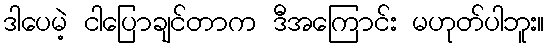
ဒါပေမဲ့ ငါပြောချင်တာက ဒီအကြောင်း မဟုတ်ပါဘူး။